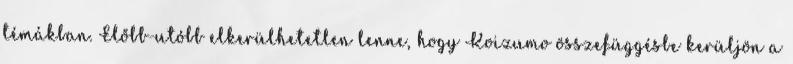
témákban. Előbb-utóbb elkerülhetetlen lenne, hogy Koizumo összefüggésbe kerüljön a